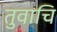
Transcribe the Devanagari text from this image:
तुवाचि